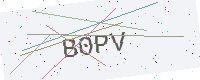
Text: B0PV